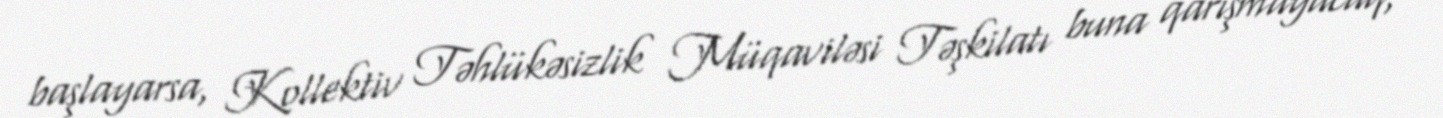
başlayarsa, Kollektiv Təhlükəsizlik Müqaviləsi Təşkilatı buna qarışmayacaq,